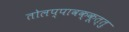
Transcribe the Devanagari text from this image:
तोलप्पावक्कूत्तु